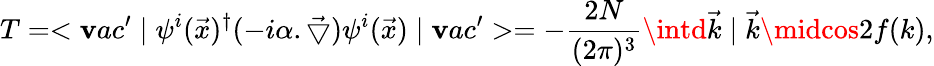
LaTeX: T=<\mathbf{v}ac^{\prime}\mid\psi^{i}(\vec{{x}})^{\dagger}(-i\alpha.{\vec{{\bigtriangledown}}})\psi^{i}(\vec{{x}})\mid\mathbf{v}ac^{\prime}>=-\frac{{2N}}{{(2\pi)^{3}}}\intd\vec{{k}}\mid\vec{{k}}\midcos2f(k),